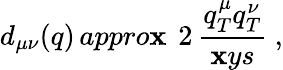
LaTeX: d_{\mu\nu}(q)\, appro\mathbf{x}\ \, 2\, \frac{{q_{T}^{\mu}q_{T}^{\nu}}}{{\mathbf{x}ys}}\ ,